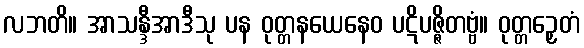
လဘတိ။ အာသန္ဒီအာဒီသု ပန ဝုတ္တနယေနေဝ ပဋိပဇ္ဇိတဗ္ဗံ။ ဝုတ္တဉှေတံ